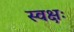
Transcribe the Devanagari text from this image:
स्वक्षः